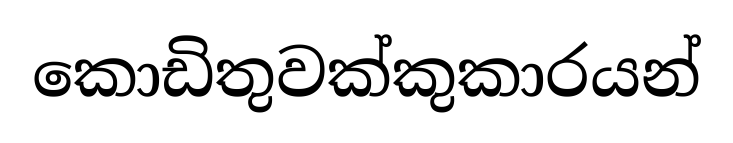
කොඩිතුවක්කුකාරයන්